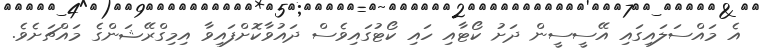
އެ މައްސަލައިގައި އޭސީސީން ދަށު ކޯޓާއި ހައި ކޯޓުގައިވެސް ދައުވާކޮށްފައިވާ އިމިގްރޭޝަންގެ މައްޗަށެވެ.